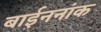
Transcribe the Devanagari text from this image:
बाईननांक